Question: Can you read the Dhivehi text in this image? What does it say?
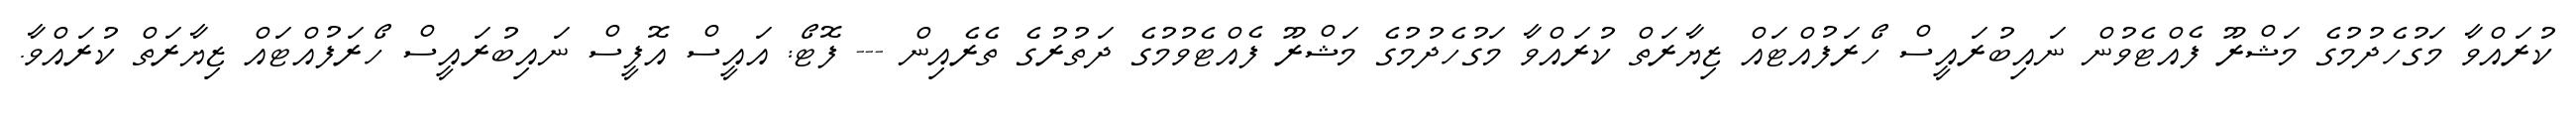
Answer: ކުރައްވާ މަގުހެދުމުގެ މަޝްރޫ ފެއްޓެވުން ނައިބުރައީސް ހޯރަފުއްޓައް ޒިޔާރަތް ކުރައްވާ މަގުހެދުމުގެ މަޝްރޫ ފެއްޓެވުމުގެ ދަތުރުގެ ތެރެއިން --- ފޮޓޯ: އައީސް އޮފީސް ނައިބުރައީސް ހޯރަފުއްޓައް ޒިޔާރަތް ކުރައްވާ.